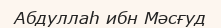
Абдуллаһ ибн Мәсғуд